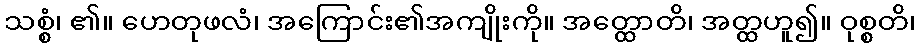
သစ္စံ၊ ၏။ ဟေတုဖလံ၊ အကြောင်း၏အကျိုးကို။ အတ္ထောတိ၊ အတ္ထဟူ၍။ ဝုစ္စတိ၊